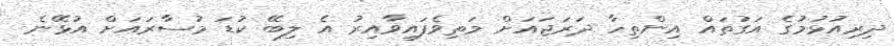
ދިރިއުޅުމުގެ އަގުތައް އިންތިހާ ދަރަޖައަށް މަތިވެފައިވާއިރު އެ ލިބޭ ކުޑަ މުސާރައަށް އުޅޭނެ